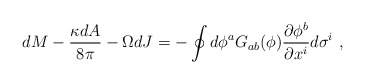
\begin{align*}dM - {\kappa dA\over 8\pi} - \Omega dJ =- \oint{d\phi^a G_{ab}(\phi){\partial \phi^b \over \partial x^i } d\sigma^i }\ ,\end{align*}